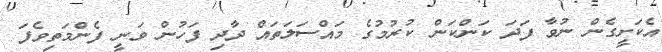
އެކަށީީގެން ނުވާ ފަދަ ކަންކަން ކުރުމުގެ މައްސަލަތައް ދާދި ފަހުން ވަނީ ފެންމަތިވެފަ